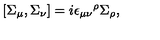
\left[ \Sigma _ { \mu } , \Sigma _ { \nu } \right] = i { \epsilon _ { \mu \nu } } ^ { \rho } \Sigma _ { \rho } ,